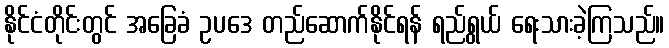
နိုင်ငံတိုင်းတွင် အခြေခံ ဥပဒေ တည်ဆောက်နိုင်ရန် ရည်ရွယ် ရေးသားခဲ့ကြသည်။